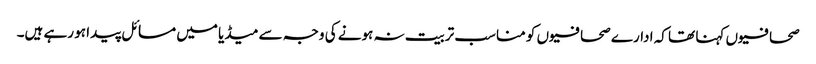
صحافیوں کہنا تھا کہ ادارے صحافیوں کو مناسب تربیت نہ ہونے کی وجہ سے میڈیا میں مسائل پیدا ہو رہے ہیں۔